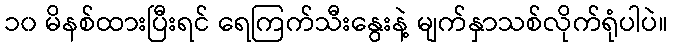
၁၀ မိနစ်ထားပြီးရင် ရေကြက်သီးနွေးနဲ့ မျက်နှာသစ်လိုက်ရုံပါပဲ။